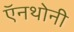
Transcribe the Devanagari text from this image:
ऍनथोनी